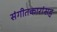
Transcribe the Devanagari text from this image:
संगीतकारांसह